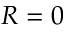
R = 0